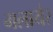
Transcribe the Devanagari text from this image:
मलायेर